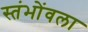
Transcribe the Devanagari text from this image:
स्तंभोंवला